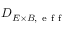
D _ { E \times B , \mathrm { ~ e ~ f ~ f ~ } }